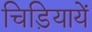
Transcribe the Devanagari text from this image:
चिड़ियायें